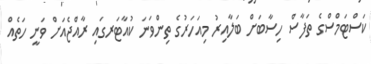
ކަސްޓަމްސްގެ ތަފާސް ހިސާބަށް ބަލާއިރު މިއަހަރުގެ ތިންވަނަ ކުއާޓަރގައި ރާއްޖެއަށް ވަނީ ހަތެއް